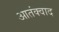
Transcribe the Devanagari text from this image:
आतंक्वाद